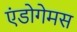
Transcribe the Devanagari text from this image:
एंडोगेमस